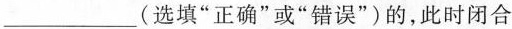
___(选填”正确”或”错误”)的，此时闭合